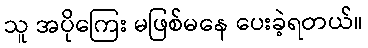
သူ အပိုကြေး မဖြစ်မနေ ပေးခဲ့ရတယ်။